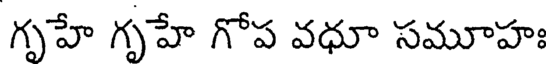
గృహే గృహే గోప వధూ సమూహః